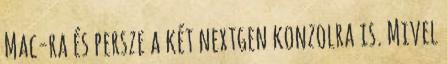
Mac-ra és persze a két nextgen konzolra is. Mivel